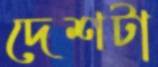
দেশটা